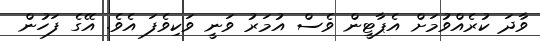
ވާދަ ކުރެއްވުމަށް އެޕާޓީން ވެސް އުމަރު ވަނީ ވަކިވެފަ އެވެ. އޭގެ ފަހުން